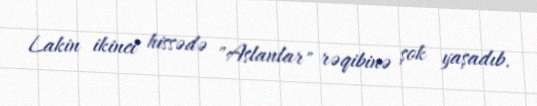
Lakin ikinci hissədə "Aslanlar" rəqibinə şok yaşadıb.